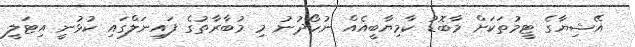
އޭޝިޔާގެ ޓީމުތަކަށް މާބޮޑު ކާމިޔާބީއެއް ނުހޯދުނު މި މުބާރާތުގެ ފައިނަލްގައި ކުޅުނީ އިޓަލީ